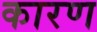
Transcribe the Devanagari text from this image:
कारण्‍ा